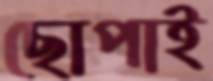
ছোপাই